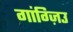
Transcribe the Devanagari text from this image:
गांग्ज़िउ